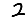
Digit: 2